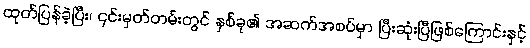
ထုတ်ပြန်ခဲ့ပြီး၊ ၎င်းမှတ်တမ်းတွင် နှစ်ခု၏ အဆက်အစပ်မှာ ပြီးဆုံးပြီဖြစ်ကြောင်းနှင့်